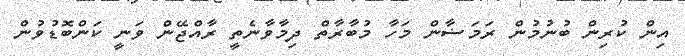
އިން ކުރިން ބުނުމުން ރަމަޟާން މަހާ މުބާރާތް ދިމާވާނެތީ ރާއްޖޭން ވަނީ ކަންބޮޑުވުން